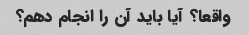
واقعا؟ آیا باید آن را انجام دهم؟